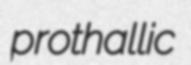
prothallic